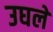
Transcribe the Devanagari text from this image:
उघले